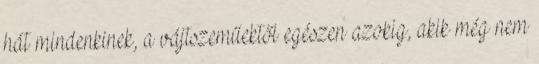
hát mindenkinek, a vájtszeműektől egészen azokig, akik még nem